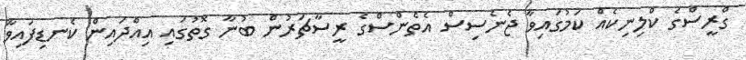
ގްރީސްގެ ކްލިނިކެއް ކަމުގައިވާ ޖެނެސިސް އެތެންސްގެ ރީސާޗަރުން ބުނާ ގޮތުގައި އިއްދައިން ކެނޑިފައިވާ